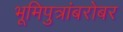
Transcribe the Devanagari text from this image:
भूमिपुत्रांबरोबर